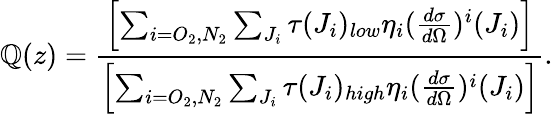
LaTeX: \mathbb{Q}(z)=\frac{{\left[\sum_{i=O_{2},N_{2}}\sum_{J_{i}}\tau(J_{i})_{low}\eta_{i}(\frac{{d\sigma}}{{d\Omega}})^{i}(J_{i})\right]}}{{\left[\sum_{i=O_{2},N_{2}}\sum_{J_{i}}\tau(J_{i})_{high}\eta_{i}(\frac{{d\sigma}}{{d\Omega}})^{i}(J_{i})\right]}}.